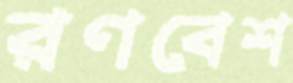
রণবেশ